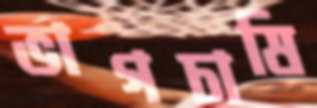
ভাগচাষি